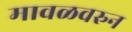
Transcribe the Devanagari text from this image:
मावळवरुन